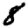
Digit: 8